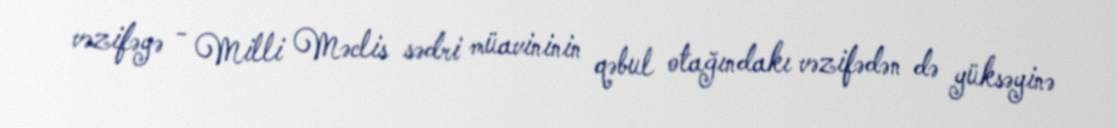
vəzifəyə - Milli Məclis sədri müavininin qəbul otağındakı vəzifədən də yüksəyinə